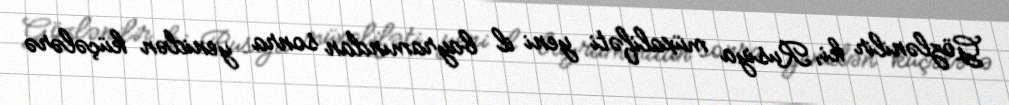
Gözlənilir ki, Rusiya müxalifəti yeni il bayramından sonra yenidən küçələrə